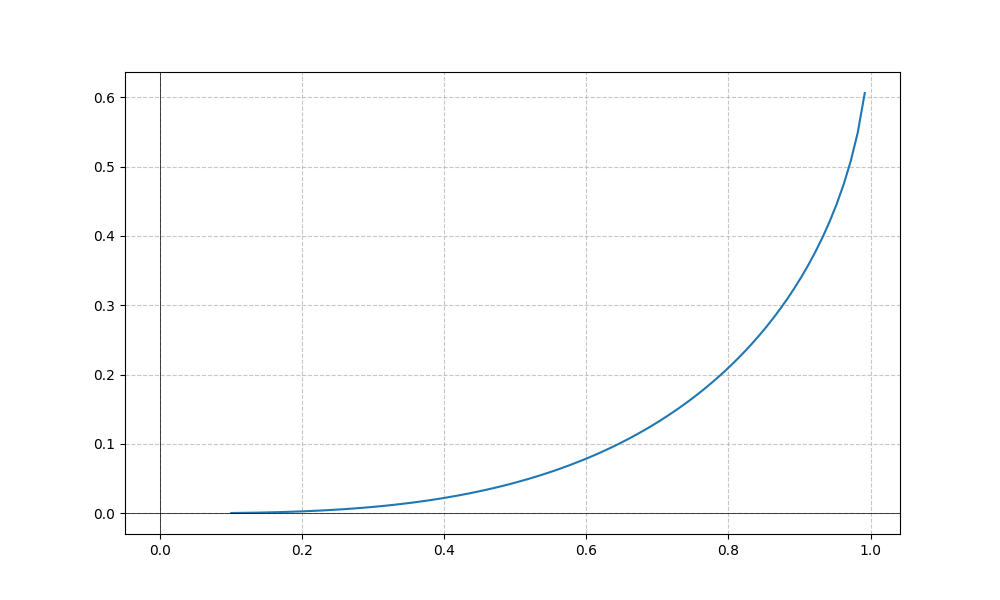
LaTeX formula: - \sin{\left(x \right)} + \operatorname{asin}{\left(x \right)}